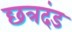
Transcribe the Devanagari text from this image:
छत्रदंड